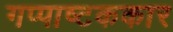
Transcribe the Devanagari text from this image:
गप्पाष्टककार